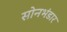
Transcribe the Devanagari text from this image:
सोनभंडार